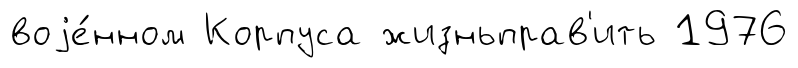
воjе́нном Корпуса жизньправ'ить 1976